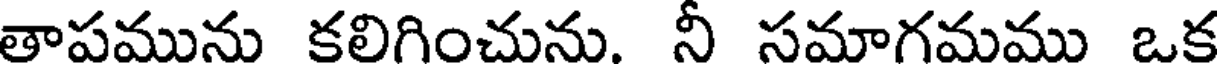
తాపమును కలిగించును. నీ సమాగమము ఒక